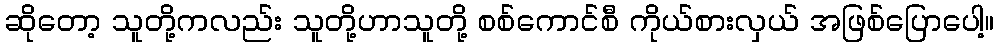
ဆိုတော့ သူတို့ကလည်း သူတို့ဟာသူတို့ စစ်ကောင်စီ ကိုယ်စားလှယ် အဖြစ်ပြောပေါ့။